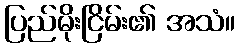
ပြည်မိုးငြိမ်း၏ အသံ။